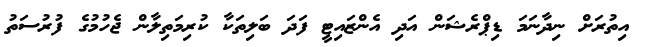
އިތުރަށް ނިދާނަމަ ޑިޕްރެޝަން އަދި އެންޒައިޓީ ފަދަ ބަލިތަކާ ކުރިމަތިލާން ޖެހުމުގެ ފުރުސަތު